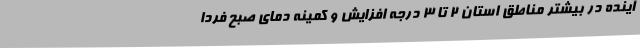
آینده در بیشتر مناطق استان 2 تا 3 درجه افزایش و کمینه دمای صبح فردا